Lunatic asylums in Bengal annual reports 1912-1924 - 1912-1924
Year: 1912
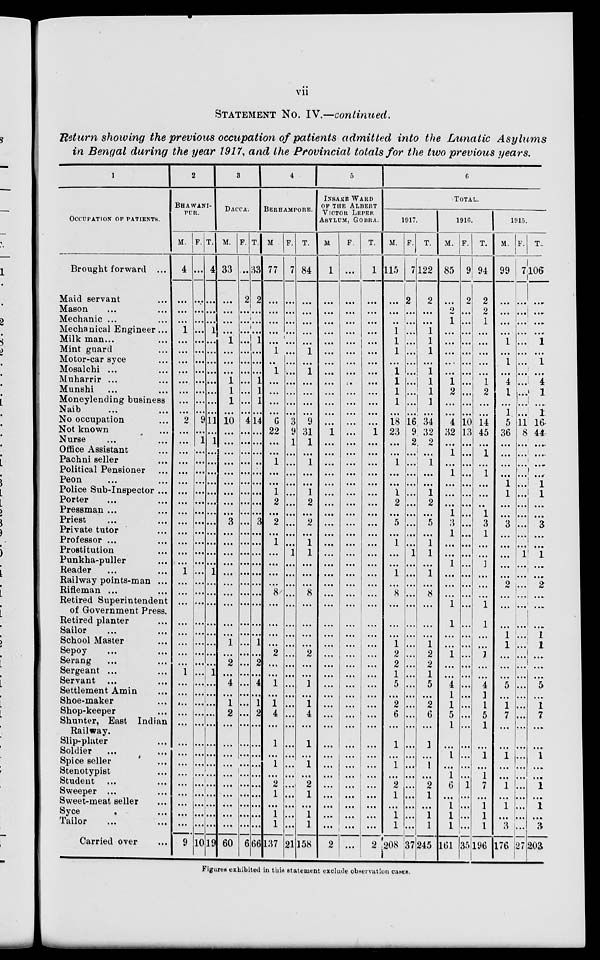
vii
STATEMENT No. IV.—continued.
Return showing the previous occupation of patients admitted into the Lunatic
Asylums
in Bengal during the year 1917, and the Provincial totals for the two previous years.
1
OCCUPATION OF PATIENTS.
Brought forward ...
Maid servant ...
Mason ... ...
Mechanic ... ...
Mechanical Engineer ...
Milk man ... ...
Mint guard ...
Motor-car syce ...
Mosalchi ... ...
Muharrir ... ...
Munshi ... ...
Moneylending business
Naib ... ...
No occupation ...
Not known ...
Nurse ... ...
Office Assistant ...
Pachni seller ...
Political Pensioner ...
Peon ... ...
Police Sub-Inspector ...
Porter ... ...
Pressman ... ...
Priest ... ...
Private tutor ...
Professor ... ...
Prostitution ...
Punkha-puller ...
Reader ... ...
Railway points-man ...
Rifleman ... ...
Retired Superintendent
of Government Press.
Retired planter ...
Sailor ... ...
School Master ...
Sepoy ... ...
Serang ... ...
Sergeant ... ...
Servant ... ...
Settlement Amin ...
Shoe-maker ...
Shop-keeper ...
Shunter, East Indian
Railway.
Slip-plater ...
Soldier ... ...
Spice seller ...
Stenotypist ...
Student ... ...
Sweeper ... ...
Sweet-meat seller ...
Syce ...
Tailor ... ...
Carried over ...
2
BHAWANI-
PUR.
M.
4
...
...
... 1
...
...
...
...
...
...
...
...
2
...
...
...
...
...
...
...
...
...
...
...
...
...
...
1
...
...
...
...
...
...
...
...
1
...
...
...
...
...
...
...
...
...
...
...
...
...
...
9
F.
...
...
...
...
...
...
...
...
...
...
...
...
...
9
...
1
...
...
...
...
...
...
...
...
...
...
...
...
...
...
...
...
...
...
...
...
...
...
...
...
...
...
...
...
...
...
...
...
...
...
...
...
10
T.
4
...
...
...
1
...
...
...
...
...
...
...
...
11
...
1
...
...
...
...
...
...
...
...
...
...
...
...
1
...
...
...
...
...
...
...
...
1
...
...
...
...
...
...
...
...
...
...
...
...
...
...
19
3
DACCA.
M.
33
...
...
...
...
1
...
...
...
1
1
1
...
10
...
...
...
...
...
...
...
...
...
3
...
...
...
...
...
...
...
...
...
...
1
...
2
...
4
...
1
2
...
...
...
...
...
...
...
...
...
...
6
F.
...
2
...
...
...
...
...
...
...
...
...
...
...
4
...
...
...
...
...
...
...
...
...
...
...
...
...
...
...
...
...
...
...
...
...
...
...
...
...
...
...
...
...
...
...
...
...
...
...
...
...
...
66
T.
33
2
...
...
...
1
...
...
...
1
1
1
...
14
...
...
...
...
...
...
...
...
...
3
...
...
...
...
...
...
...
...
...
...
1
...
2
...
4
...
1
2
...
...
...
...
...
...
...
...
...
...
66
4
BERHAMPORE.
M.
77
...
...
...
...
...
1
...
1
...
...
...
...
6
22
...
...
1
...
... 1
2
...
2
...
1
...
...
...
...
8
...
...
...
...
2
...
...
1
...
1
4
...
1
...
1
...
2
1
...
1
1
137
F.
7
...
...
...
...
...
...
...
...
...
...
...
...
3
9
1
...
...
...
...
...
...
...
...
...
...
1
...
...
...
...
...
...
...
...
...
...
...
...
...
...
...
...
...
...
...
...
...
...
...
...
...
21
T.
84
...
...
...
...
...
1
...
1
...
...
...
...
9
31
1
...
1
...
...
1
2
...
2
...
1
1
...
...
...
8
...
...
...
...
2
...
...
1
...
1
4
...
1
...
1
...
2
1
...
1
1
158
5
INSANE WARD
OF THE ALBERT
VICTOR LEPER
ASYLUM, GOBRA.
M
1
...
...
...
...
...
...
...
...
...
...
...
...
...
1
...
...
...
...
...
...
...
...
...
...
...
...
...
...
...
...
...
...
...
...
...
...
...
...
...
...
...
...
...
...
...
...
...
...
...
...
...
2
F.
...
...
...
...
...
...
...
...
...
...
...
...
...
...
...
...
...
...
...
...
...
...
...
...
...
...
...
...
...
...
...
...
...
...
...
...
...
...
...
...
...
...
...
...
...
...
...
...
...
...
...
...
...
T.
1
...
...
...
...
...
...
...
...
...
...
...
...
...
1
...
...
...
...
...
...
...
...
...
...
...
...
...
...
...
...
...
...
...
...
...
...
...
...
...
...
...
...
...
...
...
...
...
...
...
...
...
2
6
TOTAL.
1917.
M.
115
...
...
...
1
1
1
...
1
1
1
1
...
18
23
...
...
1
...
...
1
2
...
5
...
1
...
...
1
...
8
...
...
...
1
2
2
1
5
...
2
6
...
1
...
1
...
2
1
...
1
1
208
F.
7
2
...
...
...
...
...
...
...
...
...
...
...
16
9
2
...
...
...
...
...
...
...
...
...
...
1
...
...
...
...
...
...
...
...
...
...
...
...
...
...
...
...
...
...
...
...
...
...
...
...
...
37
T.
122
2
...
...
1
1
1
...
1
1
1
1
...
34
32
2
...
1
...
...
1
2
...
5
...
1
1
...
1
...
8
...
...
...
1
2
2
1
5
...
2
6
...
1
...
1
...
2
1
...
1
1
245
1916.
M.
85
...
2
1
...
...
...
...
...
1
2
...
...
4
32
...
1
...
1
...
...
...
1
3
1
...
...
1
...
...
...
1
1
...
...
1
...
...
4
1
1
5
1
...
1
...
1
6
...
1
1
1
161
F.
9
2
...
...
...
...
...
...
...
...
...
...
...
10
13
...
...
...
...
...
...
...
...
...
...
...
...
...
...
...
...
...
...
...
...
...
...
...
...
...
...
...
...
...
...
...
...
1
...
...
...
...
35
T.
94
2
2
1
...
...
...
...
...
1
2
...
...
14
45
...
1
...
1
...
...
...
1
3
1
...
...
1
...
...
...
1
1
...
...
1
...
...
4
1
1
5
1
...
1
...
1
7
...
1
1
1
196
1915.
M.
99
...
...
...
...
1
...
1
...
4
1
...
1
5
36
...
...
...
...
1
1
...
...
3
...
...
...
...
...
2
...
...
1
1
...
...
...
5
...
1
7
...
...
1
...
...
1
...
1
...
3
176
F.
7
...
...
...
...
...
...
...
...
...
...
...
...
11
8
...
...
...
...
...
...
...
...
...
...
...
1
...
...
...
...
...
...
...
...
...
...
...
...
...
...
...
...
...
...
...
...
...
...
...
...
...
27
T.
106
...
...
...
...
1
...
1
...
4
1
...
1
16
44
...
...
...
...
1
1
...
...
3
...
...
1
...
...
2
...
...
...
1
1
...
...
...
5
...
1
7
...
...
1
...
...
1
...
1
...
3
203
Figures exhibited in this statement exclude observation cases.